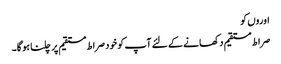
اوروں کو
صراط مستقیم دکھانے کے لئے آپ کو خود صراط مستقیم پر چلنا ہو گا۔